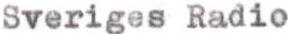
Sveriges Radio